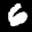
Label: 6